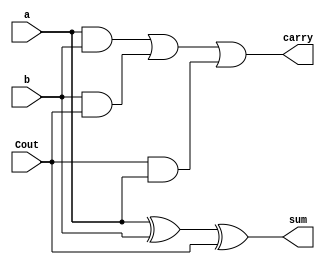
`timescale 1ns / 1ps

module fulladder(
output sum,carry,
input a,b,Cout
    );
    assign sum = a ^ b ^ Cout;
    assign carry = (a & b) | (b & Cout) | (Cout & a);
endmodule